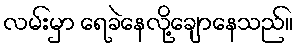
လမ်းမှာ ရေခဲနေလို့ချောနေသည်။